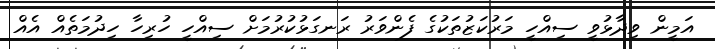
އަމީން ވިދާޅުވީ ސިއްހީ މަރުކަޒުތަކުގެ ފެންވަރު ރަނގަޅުކުރުމަށް ސިއްހީ ހުރިހާ ހިދުމަތެއް އެއް